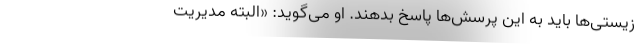
زیستی‌ها باید به این پرسش‌ها پاسخ بدهند. او می‌گوید: «البته مدیریت